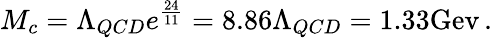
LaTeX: M_{c}=\Lambda_{QCD}e^{\frac{24}{11}}=8.86\Lambda_{QCD}=1.33\mathrm{Gev}\, .